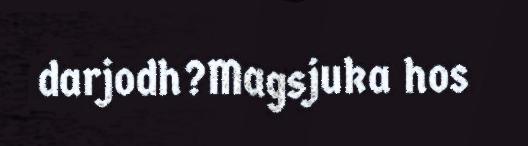
darjodh?Magsjuka hos